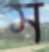
স